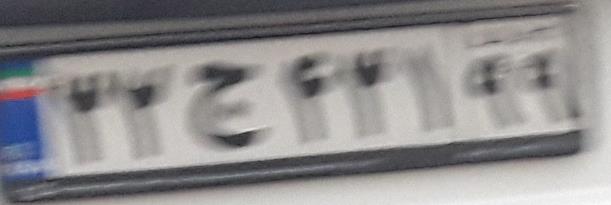
۳۲ج۴۲۱۹۹